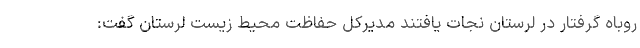
روباه گرفتار در لرستان نجات یافتند مدیرکل حفاظت محیط زیست لرستان گفت: